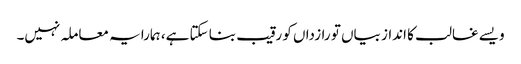
ویسے غالب کا انداز بیاں تو رازداں کو رقیب بنا سکتا ہے، ہمارا یہ معاملہ نہیں۔